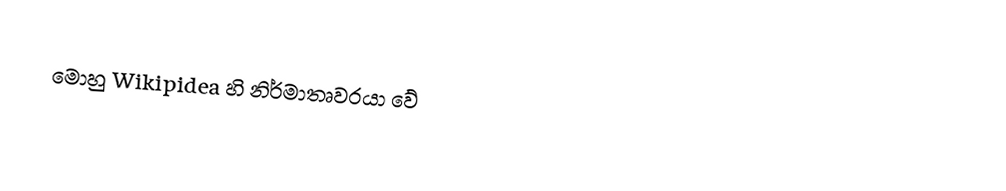
මොහු Wikipidea හි නිර්මාතෘවරයා වේ